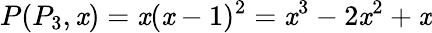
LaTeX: P(P_{3},\mathit{x})=\mathit{x}(\mathit{x}-1)^{2}=\mathit{x}^{3}-2\mathit{x}^{2}+\mathit{x}